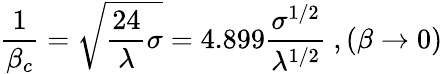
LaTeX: \frac{1}{\beta_{c}}=\sqrt{\frac{24}{\lambda}\sigma}=4.899\frac{\sigma^{1/2}}{\lambda^{1/2}}~,(\beta\to 0)